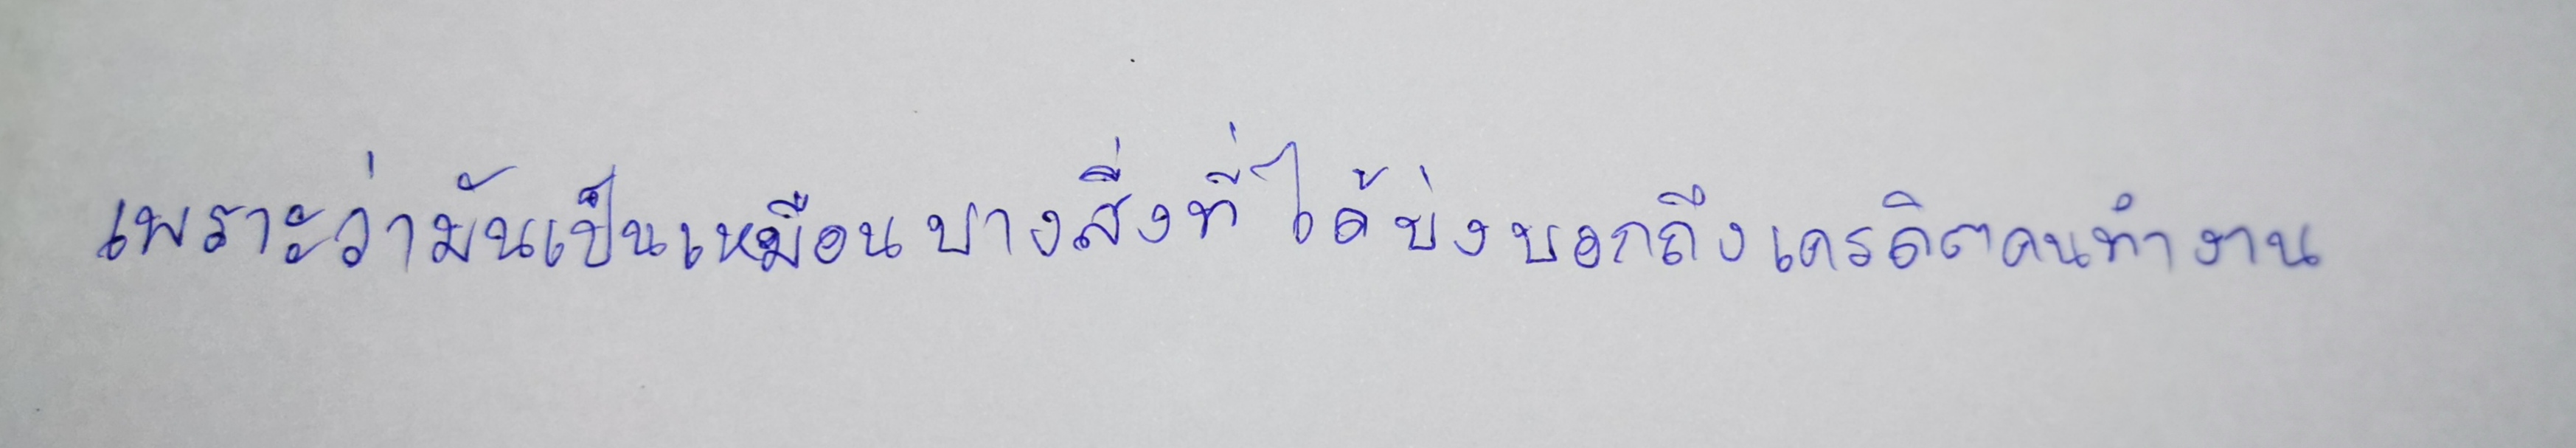
เพราะว่ามันเป็นเหมือนบางสิ่งที่ได้บ่งบอกถึงเครดิตคนทำงาน